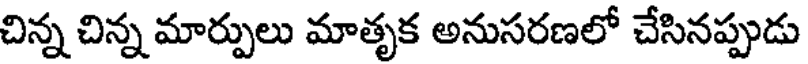
చిన్న చిన్న మార్పులు మాతృక అనుసరణలో చేసినప్పుడు